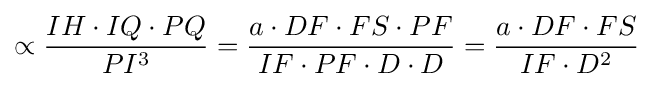
\propto {\frac {IH\cdot IQ\cdot PQ}{PI^{3}}}={\frac {a\cdot DF\cdot FS\cdot PF}{IF\cdot PF\cdot D\cdot D}}={\frac {a\cdot DF\cdot FS}{IF\cdot D^{2}}}